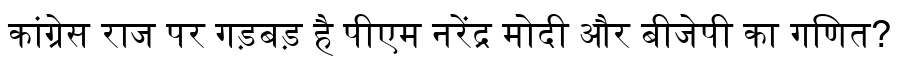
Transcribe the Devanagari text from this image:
कांग्रेस राज पर गड़बड़ है पीएम नरेंद्र मोदी और बीजेपी का गणित?